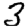
Digit: 3